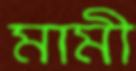
মামী